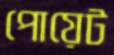
পোয়েট